Annual report on the health of the army in India
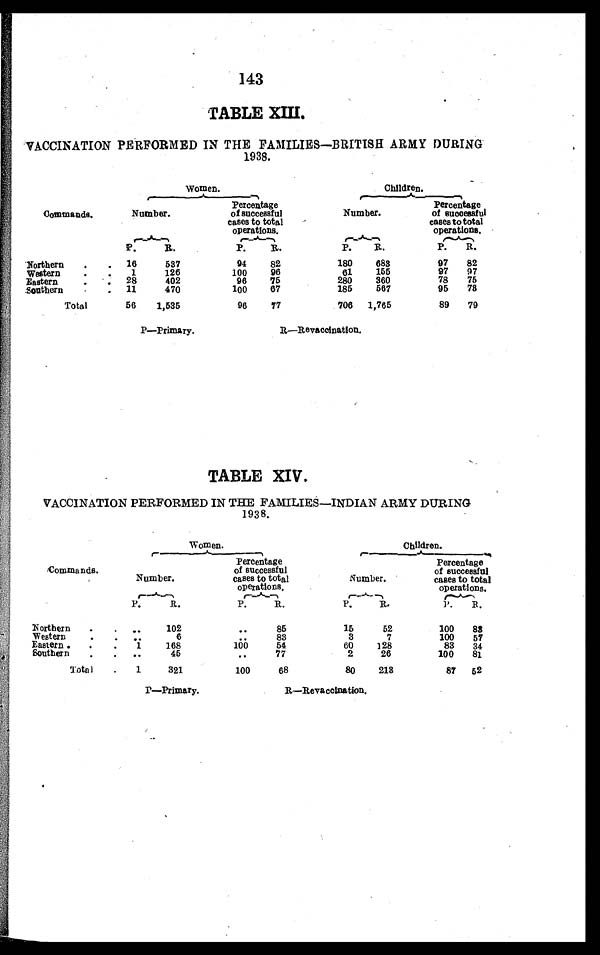
P — P r i m a r y . R — R
e v a c o i n a t i o n .
T A B L E X I V .
P—Primary.
R–Revaccination.
143
TABLE XIII.
VACCINATION PERFORMED IN THE FAMILIES—BRITISH ARMY DURING
1938.
Commands.
Women.
Children.
Number.
Percentage
of successful
cases to total
operations.
Number.
Percentage
of successful
cases to total
operations.
P .
R .
P.
R.
P. R.
P. R.
Northern
.
. 16
537
94
82
180
683
97 82
61
155
97
97
Western . . .
1
1 2 6
1 0 0
9 6
75
78
Eastern . .. .
28
402
96
75
280
360
Southern . .
11
470
100
67
185
5 6 7
95
7 8
Total
56
1,535
96
77
706 1,765
89 79
VACCINATION PERFORMED IN THE FAMILIES—INDIAN ARMY DURING
1938.
Commands.
Women.
C h i l d r e n .
Numbe r .
Percentage
of successful
cases to total
Operations.
Number.
Percentage
of successful
cases to total
operations.
P.
R.
P.
R.
P .
R.
P. R.
Northern. . .
. . .
102
. . .
8 5
15
52
100 8 8
W e s t e r n . . . .
. .
6
. .
8 3
3
7
1 0 0
5 7
E a s t e r n . .
1
1 6 8
1 0 0
5 4
6 0
1 2 8
8 3
3 4
Southern. . .
. .
45
. .
77
2
26
100 81
Total . . .
1
321
100
68
80
2 1 3
87 52